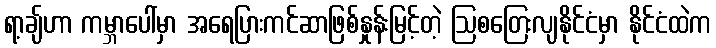
ရာ့ချ်ဟာ ကမ္ဘာပေါ်မှာ အရေပြားကင်ဆာဖြစ်နှုန်းမြင့်တဲ့ ဩစတြေးလျနိုင်ငံမှာ နိုင်ငံထဲက